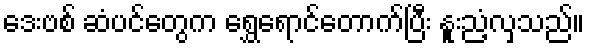
ဒေးဗစ် ဆံပင်တွေက ရွှေရောင်တောက်ပြီး နူးညံ့လှသည်။